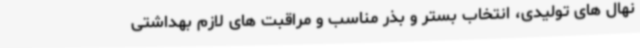
نهال های تولیدی، انتخاب بستر و بذر مناسب و مراقبت های لازم بهداشتی